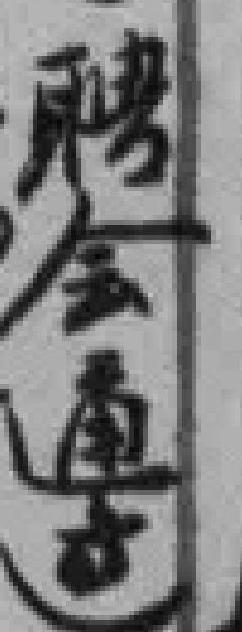
聘会通过